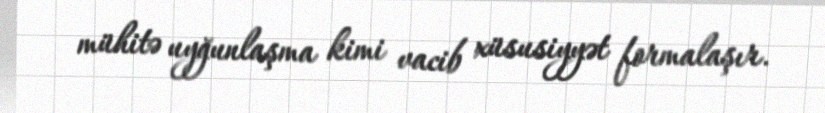
mühitə uyğunlaşma kimi vacib xüsusiyyət formalaşır.